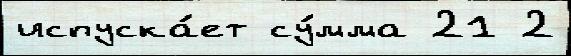
испуска́ет су́мма 21 2